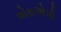
એસએપી